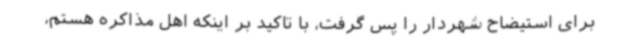
برای استیضاح شهردار را پس گرفت، با تاکید بر اینکه اهل مذاکره هستم،